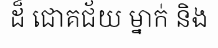
ដ៏ ជោគជ័យ ម្នាក់ និង